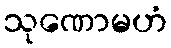
သုဏောမဟံ